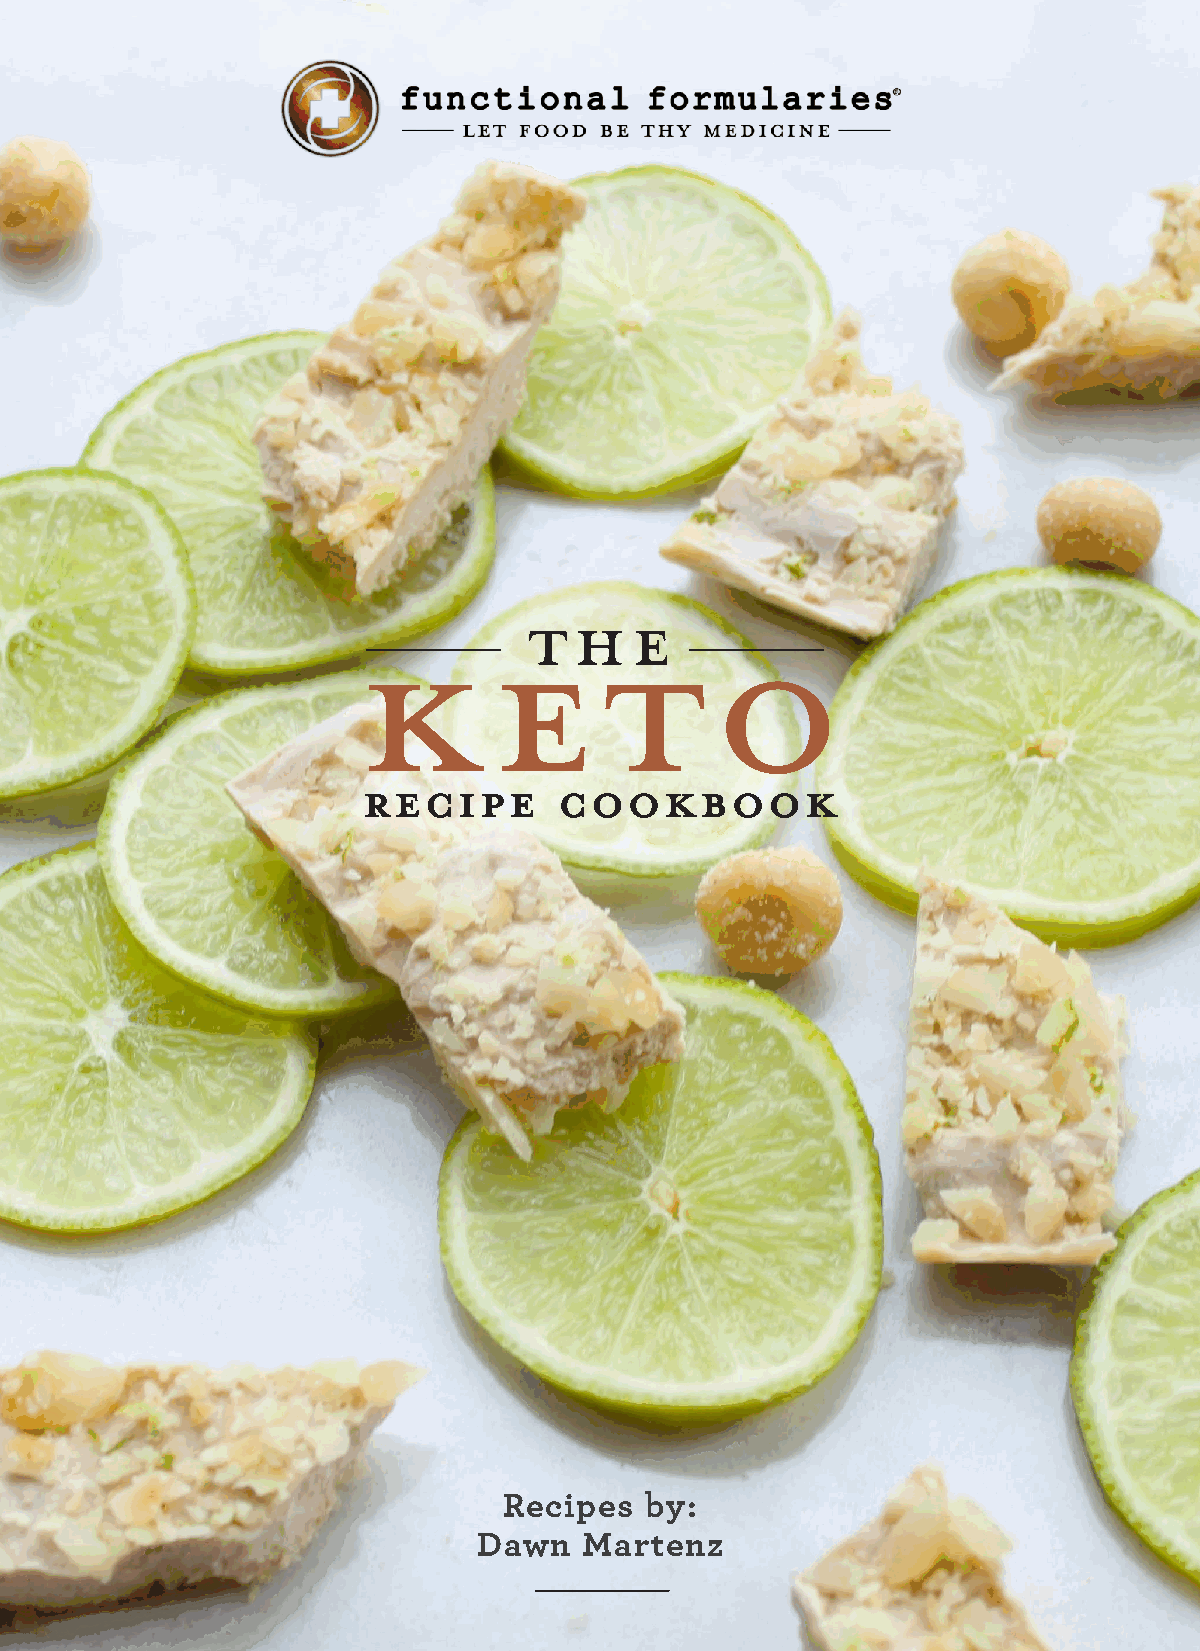
K        E      T      O
 THE
 RREECCIIPPEE CCOOOOKKBBOOOOKK
 Recipes   by:
 Dawn   Martenz